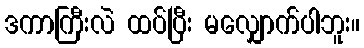
ဒကာကြီးလဲ ထပ်ပြီး မလျှောက်ပါဘူး။